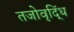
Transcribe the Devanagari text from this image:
तजोवृद्धिं